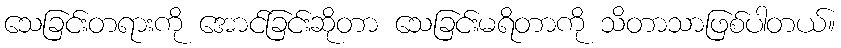
သေခြင်းတရားကို အောင်ခြင်းဆိုတာ သေခြင်းမရိတာကို သိတာသာဖြစ်ပါတယ်။